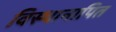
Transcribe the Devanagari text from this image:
विस्थानापित